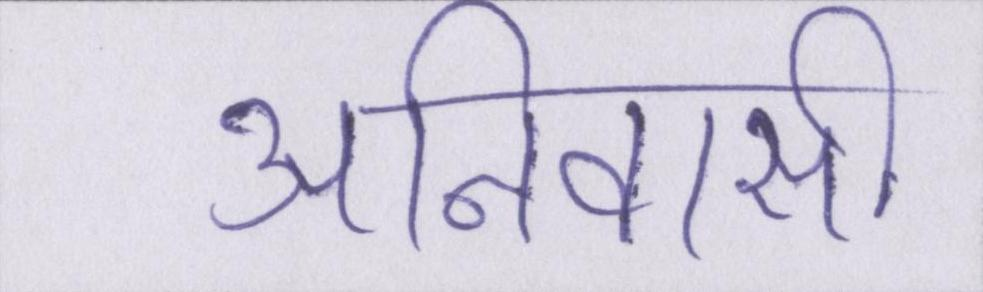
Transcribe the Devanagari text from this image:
अनिवासी